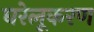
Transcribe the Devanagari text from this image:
घरेलूकरण